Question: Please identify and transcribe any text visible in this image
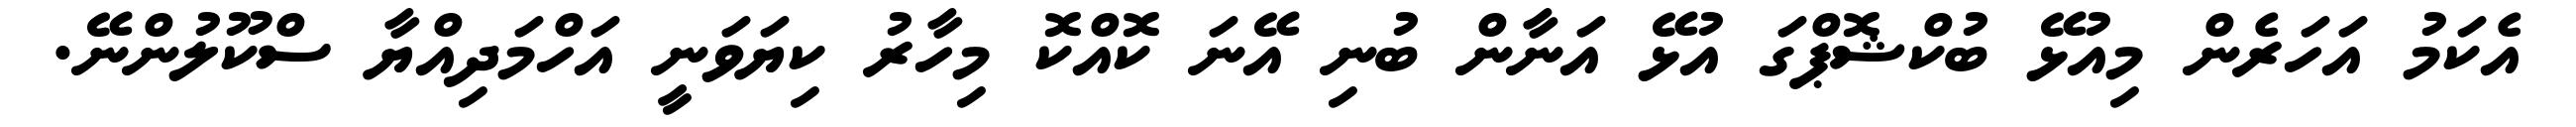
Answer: އެކަމު އަހަރެން މިއުޅޭ ބުކްޝޮޕްގަ އުޅޭ އަނާން ބުނި އޭނަ ކޮއްކޮ މިހާރު ކިޔަވަނީ އަހްމަދިއްޔާ ސްކޫލުންނޭ.